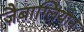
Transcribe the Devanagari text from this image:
ज़ैबाग्लियोन